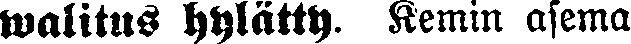
walitus hylätty. Kemin asema